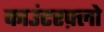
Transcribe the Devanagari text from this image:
काउंटरफ़्लो